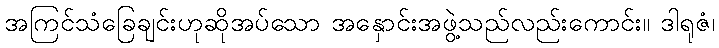
အကြင်သံခြေချင်းဟုဆိုအပ်သော အနှောင်းအဖွဲ့သည်လည်းကောင်း။ ဒါရုဇံ၊